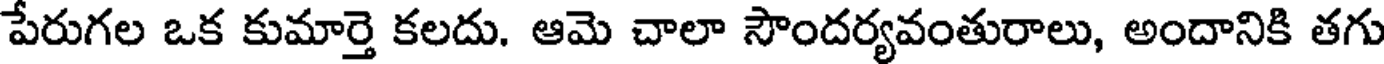
పేరుగల ఒక కుమార్తె కలదు. ఆమె చాలా సౌందర్యవంతురాలు, అందానికి తగు